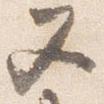
又